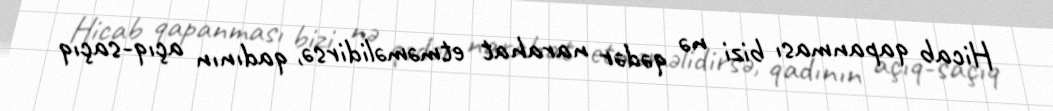
Hicab qapanması bizi nə qədər narahat etməməlidirsə, qadının açıq-saçıq